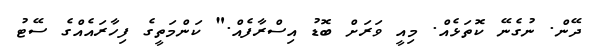
ދޭން. ނުގެނޭ ކޮތަޅެއް. މިއީ ވަރަށް ބޮޑު އިސްރާފެއް." ކަންމަތީގެ ފިހާރައެއްގެ ސޭޓު